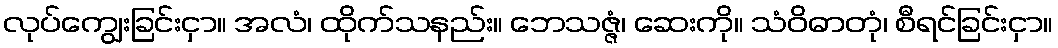
လုပ်ကျွေးခြင်းငှာ။ အလံ၊ ထိုက်သနည်း။ ဘေသဇ္ဇံ၊ ဆေးကို။ သံဝိဓာတုံ၊ စီရင်ခြင်းငှာ။